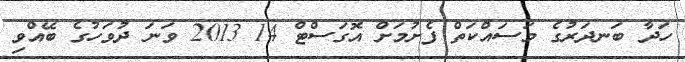
ހަދާ ބަނދަރުގެ މަސައްކަތް ފެށުމަށް އޮގަސްޓް 14 2013 ވަނަ ދުވަހުގެ ބޭއްވި